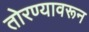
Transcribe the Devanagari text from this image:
तोरण्यावरून